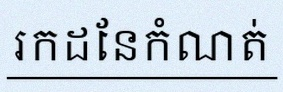
រកដែនកំណត់